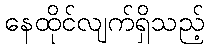
နေထိုင်လျက်ရှိသည့်